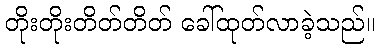
တိုးတိုးတိတ်တိတ် ခေါ်ထုတ်လာခဲ့သည်။